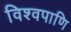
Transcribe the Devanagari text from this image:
विश्वपाणि